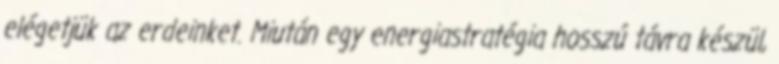
elégetjük az erdeinket. Miután egy energiastratégia hosszú távra készül,